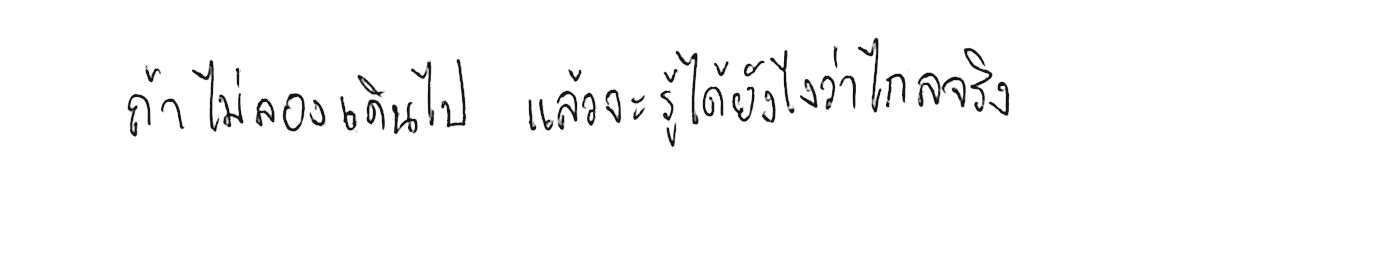
ถ้าไม่ลองเดินไป แล้วจะรู้ได้ยังไงว่าไกลจริง